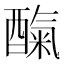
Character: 𮠼